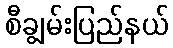
စီချွမ်းပြည်နယ်